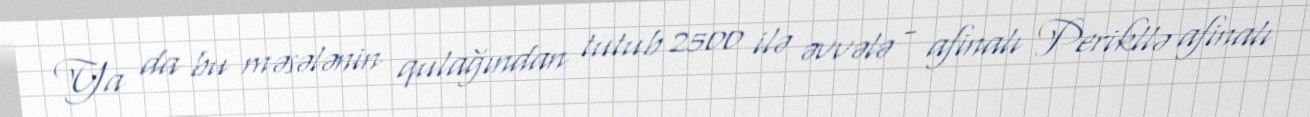
Ya da bu məsələnin qulağından tutub 2500 ilə əvvələ - afinalı Perikllə afinalı